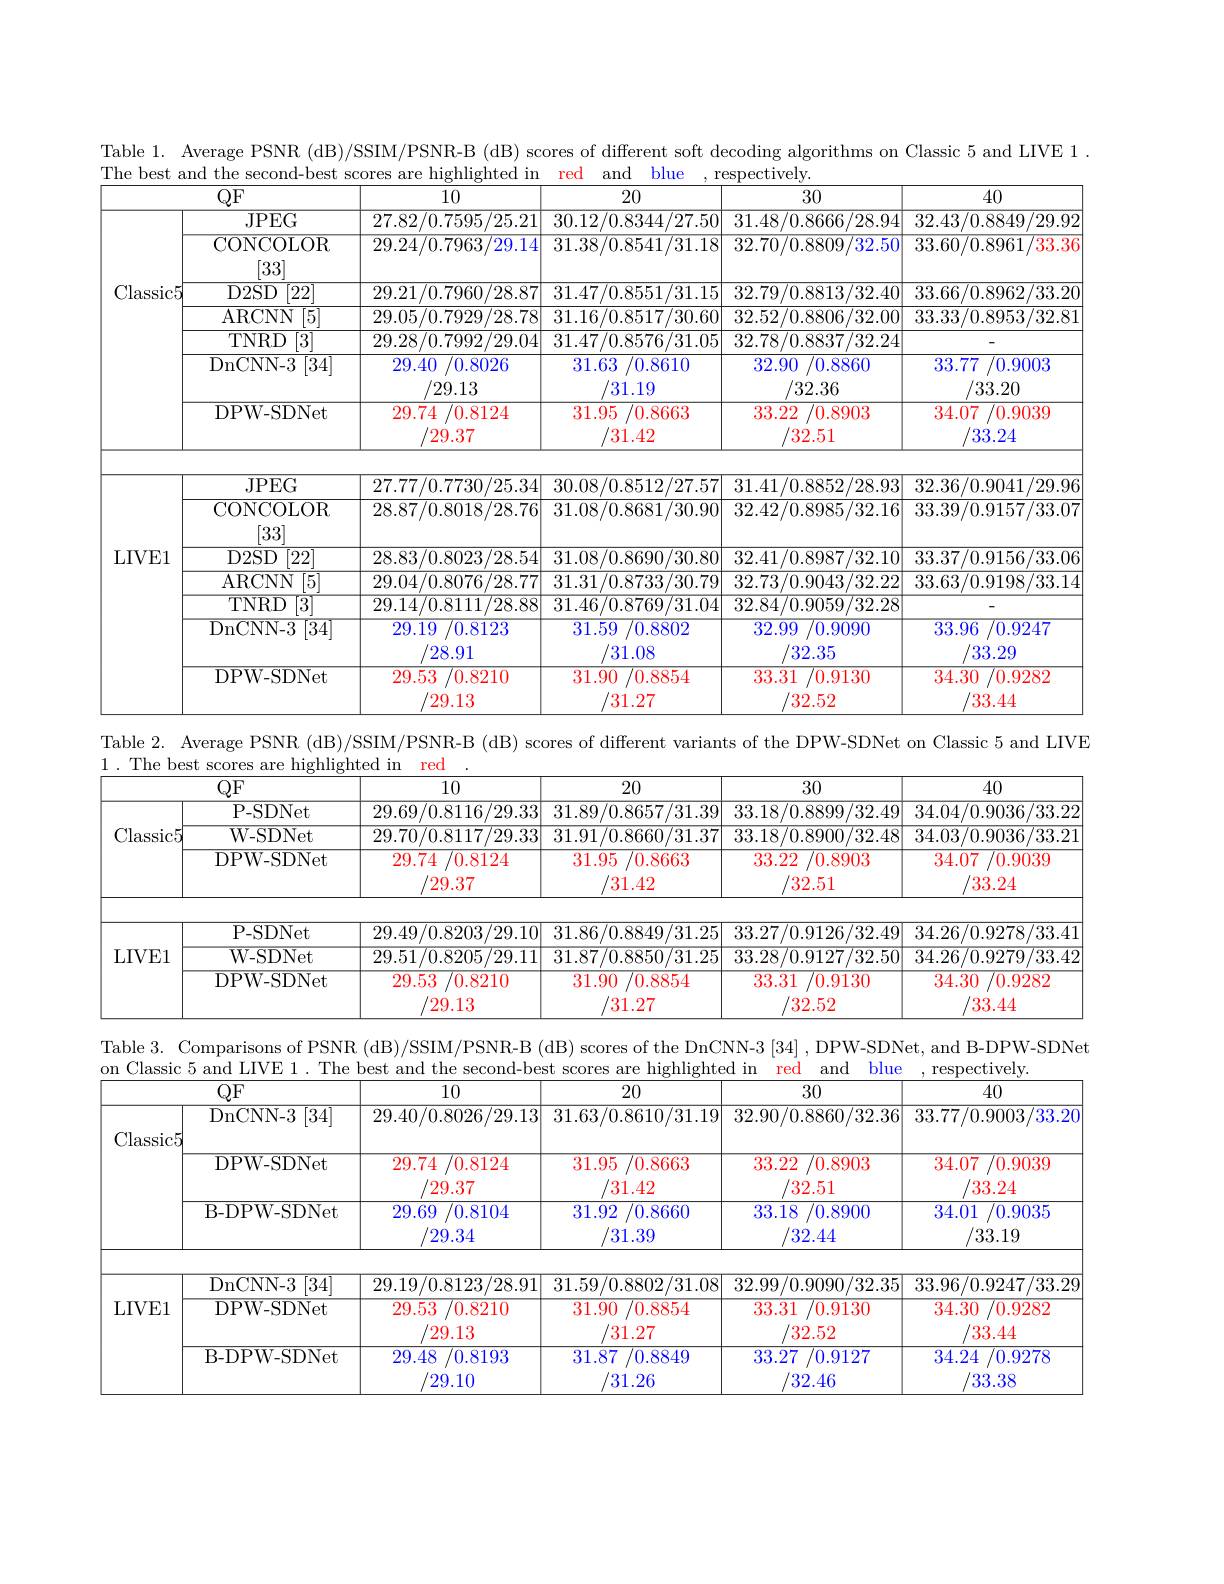
Table 1. Average PSNR (dB)/SSIM/PSNR-B (dB) scores of different soft decoding algorithms on Classic 5 and LIVE 1 .
<table>
	<tbody>
		<tr>
			<th> </th>
			<th>$QF$</th>
			<th>10</th>
			<th>20</th>
			<th>30</th>
			<th>40</th>
		</tr>
		<tr>
			<td rowspan="6">Classic5</td>
			<td>$JPEG$</td>
			<td>27.82/0.7595/25.21</td>
			<td>30.12/0.8344/27.50</td>
			<td>31.48/0.8666/28.94</td>
			<td>32.43/0.8849 ${}^{'}29.92$</td>
		</tr>
		<tr>
			<td>$\operatorname{CONCOLOR}$ [33]</td>
			<td>29.24/0.7963, 29.14</td>
			<td>31.38/0.8541/31.18</td>
			<td>32.70/0.8809 32.50</td>
			<td>33.60/0.8961 33.36</td>
		</tr>
		<tr>
			<td>$D2SD$ [22]</td>
			<td>29.21/0.7960/28.87</td>
			<td>31.47/0.8551/31.15</td>
			<td>32.79/0.8813/32.40</td>
			<td>33.66/0.8962/33.20</td>
		</tr>
		<tr>
			<td>ARCNN [5]</td>
			<td>29.05/0.7929/28.78</td>
			<td>31.16/0.8517/30.60</td>
			<td>32.52/0.8806/32.00</td>
			<td>33.33/0.8953/32.81</td>
		</tr>
		<tr>
			<td>$TNRD$ [3]</td>
			<td>29.28/0.7992/29.04</td>
			<td>31.47/0.8576/31.05</td>
			<td>32.78/0.8837/32.24</td>
			<td> </td>
		</tr>
		<tr>
			<td>DnCNN- 3 [34]</td>
			<td>29.40 0.8026 /29.13</td>
			<td>31.63 0.8610 31.19</td>
			<td>32.90 0.8860 /32.36</td>
			<td>33.77 0.9003 /33.20</td>
		</tr>
		<tr>
			<td> </td>
			<td>DPW- SDNet</td>
			<td>29.74 0.8124 29.37</td>
			<td>31.95 0.8663 31.42</td>
			<td>33.22 0.8903 32.51</td>
			<td>34.07 0.9039 33.24</td>
		</tr>
		<tr>
			<td rowspan="7">LIVE1</td>
			<td> </td>
			<td> </td>
			<td> </td>
			<td> </td>
			<td> </td>
		</tr>
		<tr>
			<td>$JPEG$ CONCOLOR [33]</td>
			<td>21.1/0.1/30/25.34 28.87/0.8018/28.76</td>
			<td>30.08/0.8512/21.5 31.08/0.8681/30.90</td>
			<td>31.41/0.8852/28.93 32.42/0.8985/32.16</td>
			<td>32.30/0.9041/29. 33.39/0.9157/33.07</td>
		</tr>
		<tr>
			<td>[22] D2SD</td>
			<td>28.83/0.8023/28.54</td>
			<td>31.08/0.8690 /30.80 $\frac{1}{2}=\frac{1}{2}=\frac{1}{2}$</td>
			<td>32.41 /0.8987/32.10</td>
			<td>33.37/0.9156/33.06</td>
		</tr>
		<tr>
			<td>ARCNN [5]</td>
			<td>29.04/0.8076/28.77</td>
			<td>31.31/0.8733/30.79</td>
			<td>32.73/0.9043/32.22</td>
			<td>33.63/0.9198/33.14</td>
		</tr>
		<tr>
			<td>TNRD [3]</td>
			<td>29.14/0.8111/28.88</td>
			<td>31.46/0.8769/31.04</td>
			<td>32.84/0.9059/32.28</td>
			<td> </td>
		</tr>
		<tr>
			<td>DnCNN- 3 $[{\overline{34}}]$</td>
			<td>29.19 0.8123 28.91</td>
			<td>31.59 0.8802 31.08</td>
			<td>32.99 0.9090 32.35</td>
			<td>33.96 0.9247 33.29</td>
		</tr>
		<tr>
			<td>DPW- SDNet</td>
			<td>29.53 0.8210 29.13</td>
			<td>31.90 0.8854 31.27</td>
			<td>33.31 0.9130 32.52</td>
			<td>34.30 0.9282 33.44</td>
		</tr>
	</tbody>
</table>

<table>
	<tbody>
		<tr>
			<th> </th>
			<th>$QF$</th>
			<th>10</th>
			<th>20</th>
			<th>30</th>
			<th>40</th>
		</tr>
		<tr>
			<td> </td>
			<td>P- SDNet</td>
			<td>29.69/0.8116/29.33</td>
			<td>31.89/0.8657/31.39</td>
			<td>33.18/0.8899/32.49</td>
			<td>34.04/0.9036/33.22</td>
		</tr>
		<tr>
			<td rowspan="2">LIVE1</td>
			<td>W-SDNet</td>
			<td>29.51/0.8205 /29.11 1</td>
			<td>31.87/0.8850 $1/f$ /31.25</td>
			<td>33.28/0.9127/32.50</td>
			<td>34.26/0.9279/33.42</td>
		</tr>
		<tr>
			<td>DPW- SDNet</td>
			<td>29.53 0.8210 29.13</td>
			<td>31.90 0.8854 31.27</td>
			<td>33.31 0.9130 32.52</td>
			<td>34.30 0.9282 33.44</td>
		</tr>
	</tbody>
</table>
1
on Classic
second-best scores are highlighted
red
and
$\operatorname{respectively}.$

<table>
	<tbody>
		<tr>
			<th> </th>
			<th>$QF$</th>
			<th>10</th>
			<th>20</th>
			<th>30</th>
			<th>40</th>
		</tr>
		<tr>
			<td>acci 11</td>
			<td>DnCNN- 3 $\overline{[34]}$</td>
			<td>29.40/0.8026/29.13</td>
			<td>31.63/0.8610/31.19</td>
			<td>32.90/0.8860/32.36</td>
			<td>33.77/0.9003 33.20</td>
		</tr>
		<tr>
			<td>$VIUUUIV$</td>
			<td>DPW- SDNet</td>
			<td>29.74 0.8124 29.37</td>
			<td>31.95 0.8663 31.42</td>
			<td>33.22 0.8903 32.51</td>
			<td>34.07 0.9039 33.24</td>
		</tr>
		<tr>
			<td> </td>
			<td>B- DPW- SDNet</td>
			<td>29.69 0.8104 29.34</td>
			<td>31.92 0.8660 31.39</td>
			<td>33.18 0.8900 32.44</td>
			<td>34.01 0.9035 /33.19</td>
		</tr>
		<tr>
			<td> </td>
			<td>B- DPW- SDNet</td>
			<td>29.69 0.8104 29.34</td>
			<td>31.92 0.8660 31.39</td>
			<td>33.18 0.8900 32.44</td>
			<td>34.01 $^{\prime}0.9035$ /33.19</td>
		</tr>
		<tr>
			<td rowspan="2">LIVE1</td>
			<td>DnCNN- 3 [34] DPW- SDNet</td>
			<td>29.19/0.8123/28.91 29.53 0.8210 29.13</td>
			<td>31.59/0.8802/3 /31.08 31.90 0.8854 31.27</td>
			<td>32.99/0.9090/ /32.35 33.31 0.9130 32.52</td>
			<td>33.96/0.9247/33.29 34.30 0.9282 33.44</td>
		</tr>
		<tr>
			<td>B- DPW- SDNet</td>
			<td>29.48 0.8193 29.10</td>
			<td>31.87 0.8849 31.26</td>
			<td>33.27 0.9127 32.46</td>
			<td>34.24 0.9278 33.38</td>
		</tr>
	</tbody>
</table>